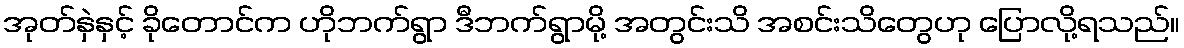
အုတ်နှဲနှင့် ခိုတောင်က ဟိုဘက်ရွာ ဒီဘက်ရွာမို့ အတွင်းသိ အစင်းသိတွေဟု ပြောလို့ရသည်။